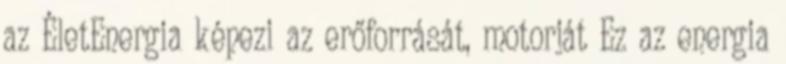
az ÉletEnergia képezi az erőforrását, motorját Ez az energia